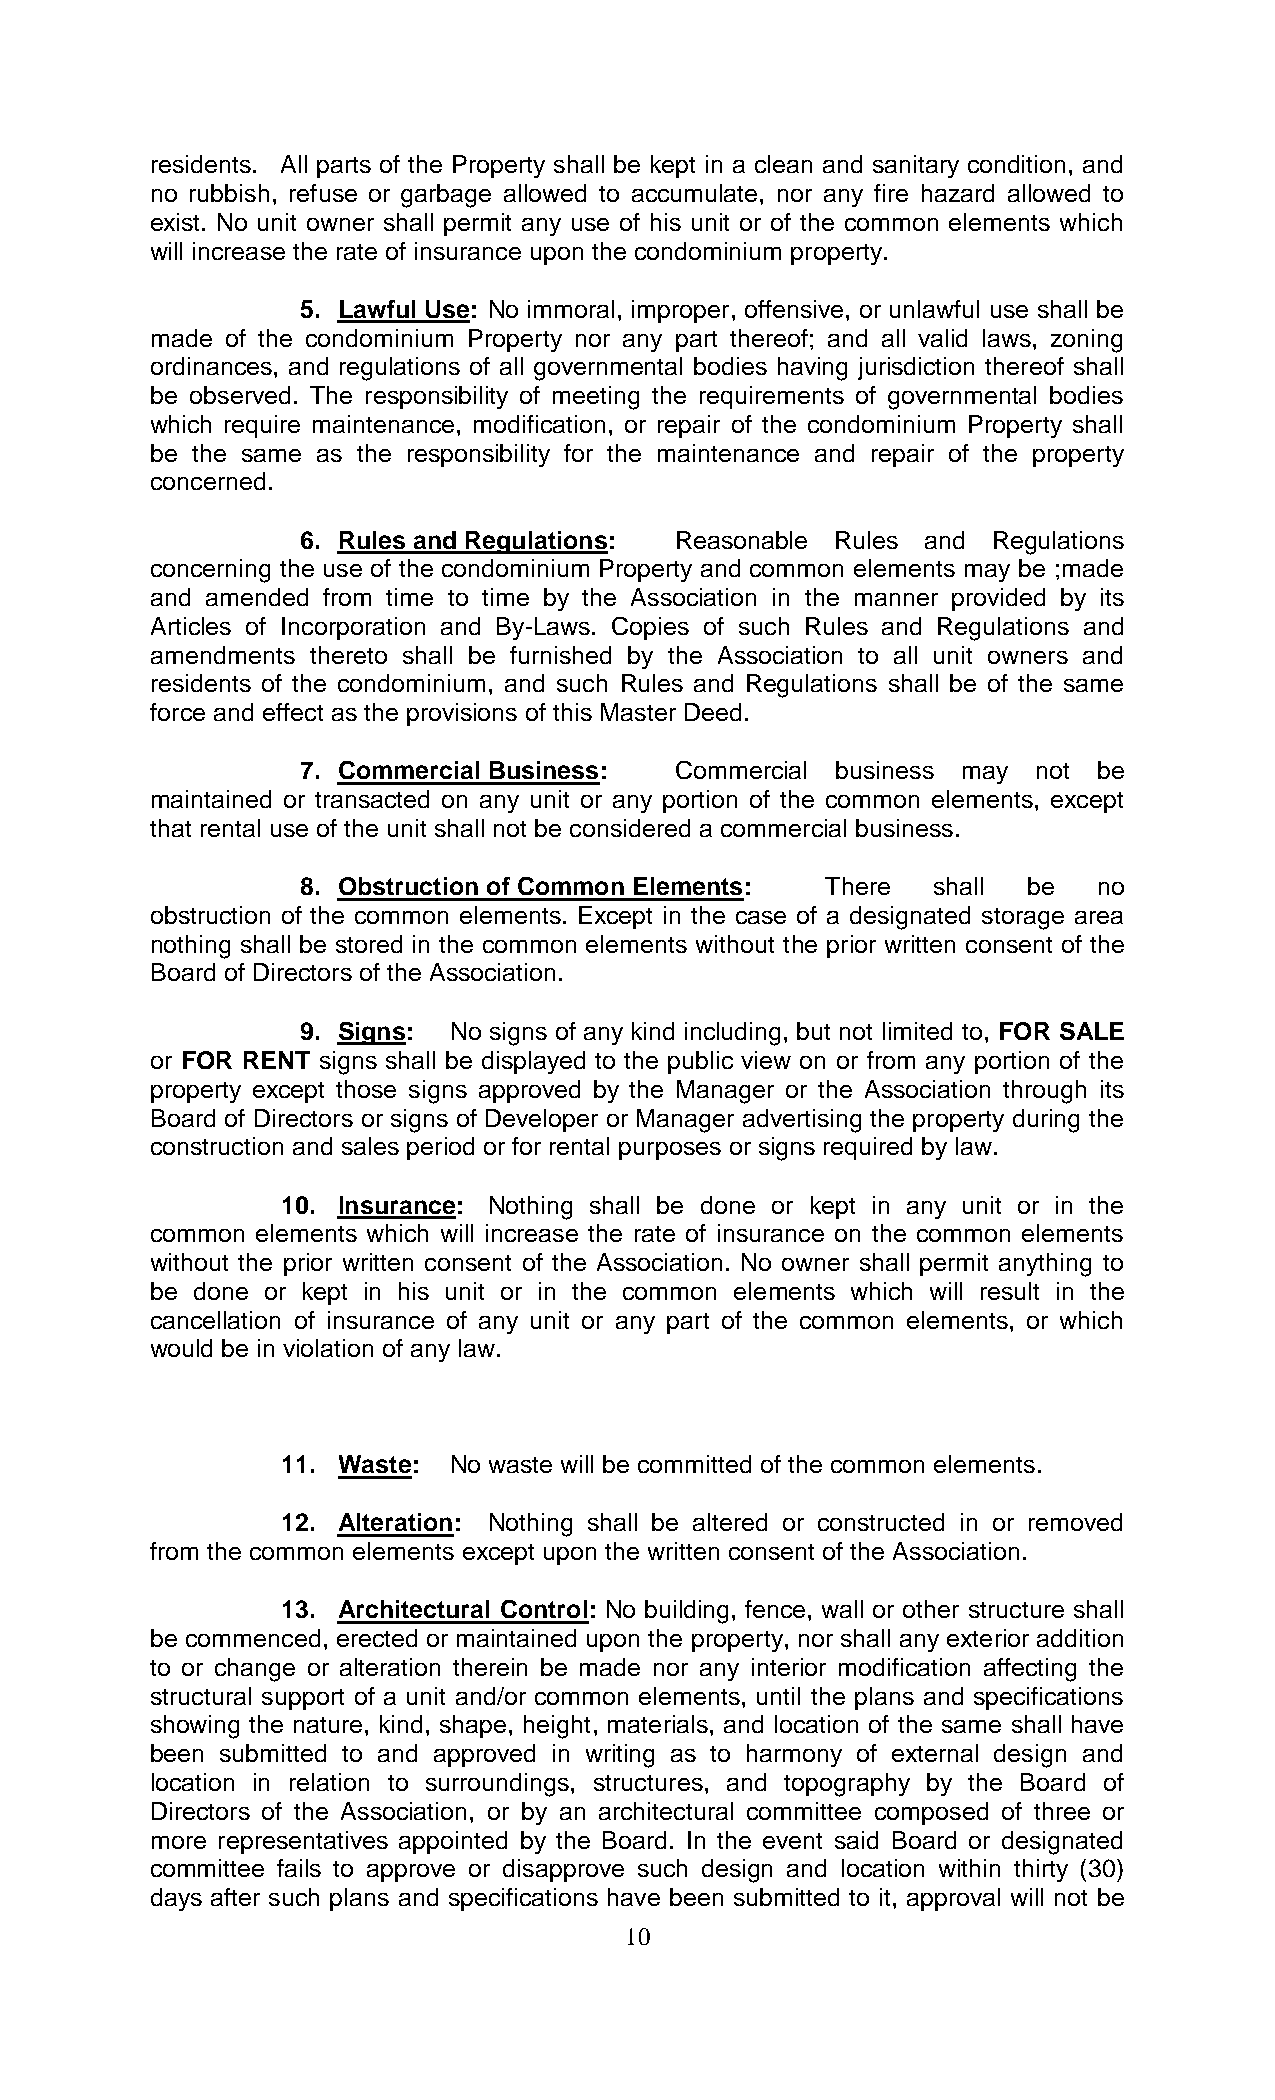
residents. All parts of the Property shall be kept in a clean and sanitary condition, and
 no rubbish, refuse or garbage allowed to accumulate, nor any fire hazard allowed to
 exist. No unit owner shall permit any use of his unit or of the common elements which
 will increase the rate of insurance upon the condominium property.
 5. Lawful Use: No immoral, improper, offensive, or unlawful use shall be
 made of the condominium Property nor any part thereof; and all valid laws, zoning
 ordinances, and regulations of all governmental bodies having jurisdiction thereof shall
 be observed. The responsibility of meeting the requirements of governmental bodies
 which require maintenance, modification, or repair of the condominium Property shall
 be the same as the responsibility for the maintenance and repair of the property
 concerned.
 6. Rules and Regulations: Reasonable Rules and Regulations
 concerning the use of the condominium Property and common elements may be ;made
 and amended from time to time by the Association in the manner provided by its
 Articles of Incorporation and By-Laws. Copies of such Rules and Regulations and
 amendments thereto shall be furnished by the Association to all unit owners and
 residents of the condominium, and such Rules and Regulations shall be of the same
 force and effect as the provisions of this Master Deed.
 7. Commercial Business:  Commercial business may not be
 maintained or transacted on any unit or any portion of the common elements, except
 that rental use of the unit shall not be considered a commercial business.
 8. Obstruction of Common Elements: There  shall be   no
 obstruction of the common elements. Except in the case of a designated storage area
 nothing shall be stored in the common elements without the prior written consent of the
 Board of Directors of the Association.
 9. Signs: No signs of any kind including, but not limited to, FOR SALE
 or FOR RENT signs shall be displayed to the public view on or from any portion of the
 property except those signs approved by the Manager or the Association through its
 Board of Directors or signs of Developer or Manager advertising the property during the
 construction and sales period or for rental purposes or signs required by law.
 10. Insurance: Nothing shall be done or kept in any unit or in the
 common elements which will increase the rate of insurance on the common elements
 without the prior written consent of the Association. No owner shall permit anything to
 be done or kept in his unit or in the common elements which will result in the
 cancellation of insurance of any unit or any part of the common elements, or which
 would be in violation of any law.
 11. Waste: No waste will be committed of the common elements.
 12. Alteration: Nothing shall be altered or constructed in or removed
 from the common elements except upon the written consent of the Association.
 13. Architectural Control: No building, fence, wall or other structure shall
 be commenced, erected or maintained upon the property, nor shall any exterior addition
 to or change or alteration therein be made nor any interior modification affecting the
 structural support of a unit and/or common elements, until the plans and specifications
 showing the nature, kind, shape, height, materials, and location of the same shall have
 been submitted to and approved in writing as to harmony of external design and
 location in relation to surroundings, structures, and topography by the Board of
 Directors of the Association, or by an architectural committee composed of three or
 more representatives appointed by the Board. In the event said Board or designated
 committee fails to approve or disapprove such design and location within thirty (30)
 days after such plans and specifications have been submitted to it, approval will not be
 10